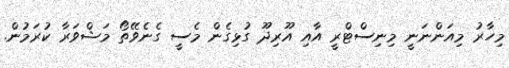
މިހާރު މިއަންނަނީ މިނިސްޓްރީ އާއި އޫރިދޫ ގުޅިގެން މެސީ ގެނެވޭތޯ މަޝްވަރާ ކުރަމުން.